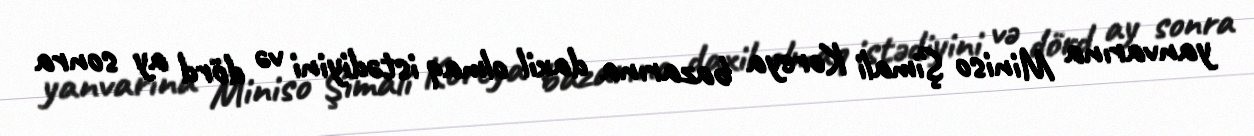
yanvarına Miniso Şimali Koreya bazarına daxil olmaq istədiyini və dörd ay sonra